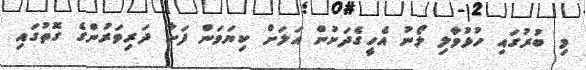
މި ބުރުގައި ހުޅުވާލި ލޯނު އެހީގެދަށުން އަލަށް ކިޔަވަން ފަށާ ދަރިވަރުންގެ ގޮތުގައި